Medical and sanitary report of the native army of Madras for the year
Year: 1877
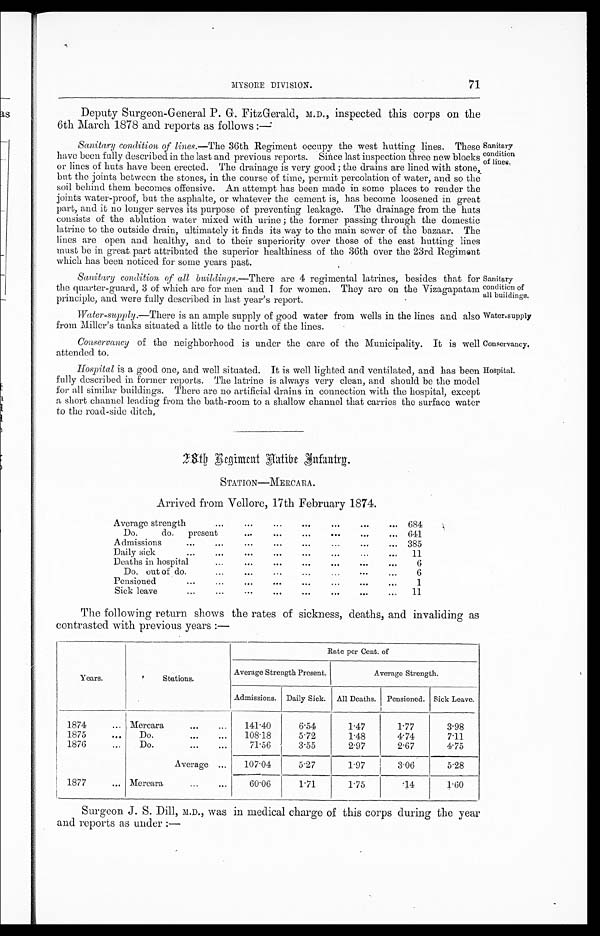
Sanitary
condition of
all buildings.
Water-supply
Conservancy.
Hospital.
71
MYSORE DIVISION.
Deputy Surgeon-General P. G. FitzGerald, M.D., inspected this corps on the
6th March 1878 and reports as follows
Sanitary
condition
of lines.
Sanitary condition of lines.— The 36th Regiment occupy the west hutting lines. These
have been fully described in the last and previous reports. Since last inspection three new blocks
or lines of huts have been erected. The drainage is very good; the drains are lined with stone
, but the joints between the stones, in the course of time, permit percolation of water, and so the
soil behind them becomes offensive. An attempt has been made in some places to render the
joints water-proof, but the asphalte, or whatever the cement is, has become loosened in great
part, and it no longer serves its purpose of preventing leakage. The drainage from the huts
consists of the ablution water mixed with urine ; the former passing through the domestic
latrine to the outside drain, ultimately it finds its way to the main sewer of the bazaar. The
lines are open and healthy, and to their superiority over those of the east hutting lines
must be in great. part attributed the superior healthiness of the 36th over the 23rd Regiment
which has been noticed for some years past.
Sanitary condition of all buildings.—There are 4 regimental latrines, besides that for
the quarter-guard, 3 of which are for men and 1 for women. They are on the Vizagapatam
principle, and were fully described in last year's report.
Water-supply .—There is an ample supply of good water from wells in the lines and also
from Miller's tanks situated a little to the north of the lines.
Conservancy of the neighborhood is under the care of the Municipality. It is well
attended to.
Hospital is a good one, and well situated. It is well lighted and ventilated, and has been
fully described in former reports. The latrine is always very clean, and should be the model
for all similar buildings. There are n.o artificial drains in connection with the hospital, except
a short channel leading from the bath-room to a shallow channel that carries the surface water
to the road-side ditch.
2 8 t h R e g i m e n t N a t i v e I n f a n t r y .
STATION—MERCARA.
Arrived from Vellore, 17th February 1874.
Average strength
...
...
...
... ... ...
...
684
Do.
do.
present
...
...
... ... ...
...
641
Admissions
...
...
...
...
... ...
...
... 385
Daily sick
... ... ...
...
... ... ... ...
11
Deaths in hospital
...
...
... ...
...
... ...
6
Do. out of do
...
...
... ...
...
...
...
6
Pensioned
... ... ... ... ... ... ... ...
1
Sick leave
...
...
...
...
...
...
...
...
11
The following return shows the rates of sickness, deaths, and invaliding as
contrasted with previous years :—
Years.
Stations.
Rate per Cent. of
Average Strength Present.
Average Strength.
Admissions. Daily Sick. All Deaths. Pensioned. Sick Leave.
1874
... Mercara
... ...
141·40
6·54
1·47
1·77
3·98
1875
...
Do.
... ...
108·18
5·72
1·48
4·74
7·11
1876
...
Do.
...
...
71·56
3·55
2·97
2·67
4·75
Average ...
107·04
5·27
1·97
3·06
5·98
1877
... Mereara
...
...
60·06
1·71
1·75
·14
1·60
Surgeon J. S. Dill, M.D., was in medical charge of this corps during the year
and reports as under :—